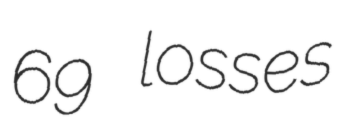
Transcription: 69 losses